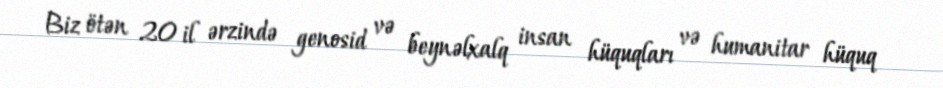
Biz ötən 20 il ərzində genosid və beynəlxalq insan hüquqları və humanitar hüquq